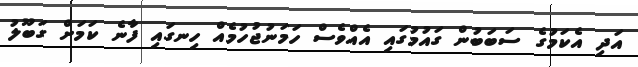
އަދި އެކަމުގެ ސަބަބުން ގައުމުގައި އެއްވެސް ހަމަނުޖުހުމެއް ހިނގައި ފާނެ ކަމަށް ގަބޫލު